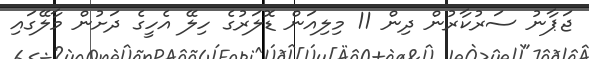
ޖަޕާނު ސަރުކާރުން ދިން 11 މިލިއަން ޑޮލަރުގެ ހިލޭ އެހީގެ ދަށުން މާލޭގައި